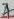
Text: 4